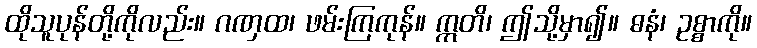
ထိုသူပုန်တို့ကိုလည်း။ ဂဏှထ၊ ဖမ်းကြကုန်။ ဣတိ၊ ဤသို့မှာ၍။ ဓနံ၊ ဥစ္စာကို။